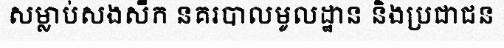
សម្លាប់សងសឹក នគរបាលមូលដ្ឋាន និងប្រជាជន